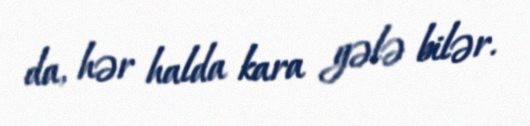
da, hər halda kara gələ bilər.